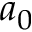
a _ { 0 }